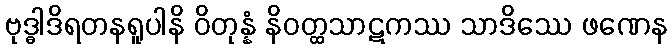
ဗုဒ္ဓါဒိရတနရူပါနိ ဝိတုန္နံ နိဝတ္ထသာဋကဿ သာဒိဿေ ဖဏေန